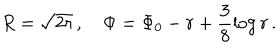
R = \sqrt { 2 r } \, , \quad \Phi = \Phi _ { 0 } - r + \frac { 3 } { 8 } \log r \, .